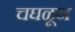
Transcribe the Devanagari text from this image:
चघळून